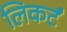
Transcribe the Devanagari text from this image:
लिकर्टं